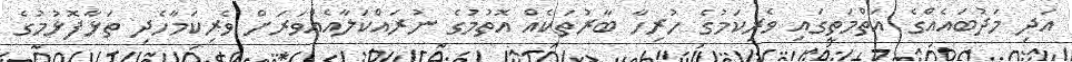
އަދި މަދުބައެއްގެ އަތްމަތީގައި ވެރިކަމުގެ ހުރިހާ ބާރުތަކެއް އޮތުމުގެ ނުރައްކަލާއެއްވަރަށް ވެރިކަމާހެދި ތަޅާފޮޅުމުގެ